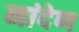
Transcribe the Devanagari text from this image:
नांदेण